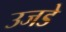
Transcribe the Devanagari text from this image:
उजडे